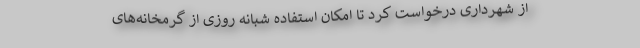
از شهرداری درخواست کرد تا امکان استفاده شبانه روزی از گرمخانه‌های